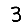
Digit: 3